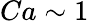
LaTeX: Ca\sim 1